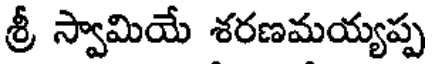
శ్రీ స్వామియే శరణమయ్యప్ప